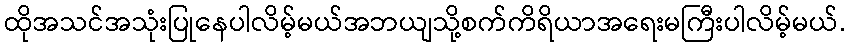
ထိုအသင်အသုံးပြုနေပါလိမ့်မယ်အဘယျသို့စက်ကိရိယာအရေးမကြီးပါလိမ့်မယ်.